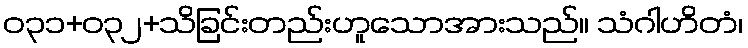
ဝ၃၁+၀၃၂+သိခြင်းတည်းဟူသောအားသည်။ သံဂါဟိတံ၊